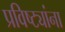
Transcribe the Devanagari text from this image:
प्रविष्ट्यांना